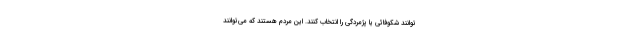
‌توانند شکوفائی یا پژمردگی را انتخاب کنند. این مردم هستند که می‌توانند